Lunatic asylums Central Provinces reports 1874-1885 - 1874-1885
Year: 1874
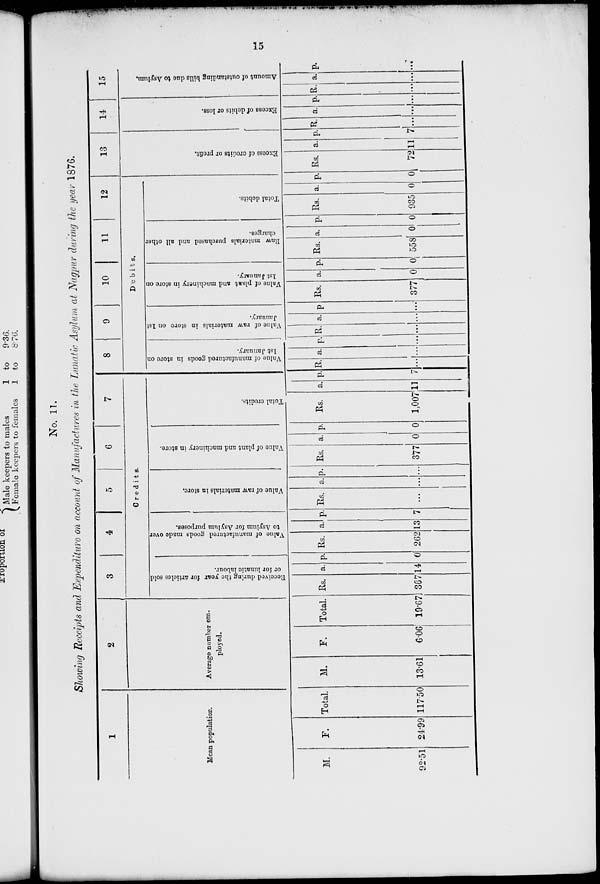
15
No. 11.
Showing Receipts and Expenditure on account of Manufactures in the Lunatic Asylum at Nagpur during the year 1876.
1
Mean population.
M.
92.51
F.
24.99
Total.
117.50
2
Average number em-
ployed.
M.
13.61
F.
6.06
Total.
19.67
3
4
5
6
7
Credits.
Received during the year for articles sold
or for lunatic labour.
Rs.
367
a.
14
p.
0
Value of manufactured goods made over
to Asylum for Asylum purposes.
Rs.
262
a.
13
p.
7
Value of raw materials in store.
Rs.
...
a.
...
p.
...
Value of plant and machinery in store.
Rs.
377
a.
0
p.
0
Total credits.
Rs.
1,007
a.
11
p.
7
8
9
10
11
12
Debits.
Value of manufactured goods in store on
1st January.
R.
...
a.
...
p.
...
Value of raw materials in store on 1st
January.
R.
...
a.
...
p.
...
Value of plant and machinery in store on
1st January.
Rs.
377
a.
0
p.
0
Raw materials purchased and all other
charges.
Rs.
558
a.
0
p.
0
Total debits.
Rs.
935
a.
0
p.
0
13
Excess of credits or profit.
Rs.
72
a.
11
p.
7
14
Excess of debits or loss.
R.
...
a.
...
p.
...
15
Amount of outstanding bills due to Asylum.
R.
...
a.
...
p.
...